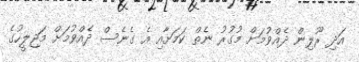
އަދި ރޫލިން ދެއްވުމަށް މުގުރު ނެތް ކަމަށާއި އެ ގެނެސް ދެއްވުމަށް މަޖިލީހުގެ